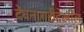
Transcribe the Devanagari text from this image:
देवनागरीदेखील